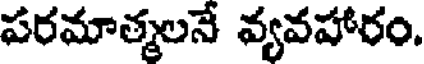
పరమాత్మలనే వ్యవహారం.